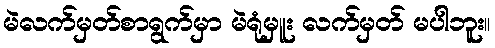
မဲလက်မှတ်စာရွက်မှာ မဲရုံမှူး လက်မှတ် မပါဘူး။